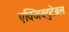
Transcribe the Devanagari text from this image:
एक्जिक्युटेबल